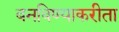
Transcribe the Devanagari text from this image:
बनविण्याकरीता